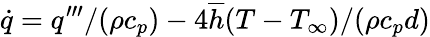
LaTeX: \dot{q}=q^{\prime\prime\prime}/(\rho c_{p})-4\overline{{h}}(T-T_{\infty})/(\rho c_{p}d)